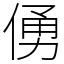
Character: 𠋀